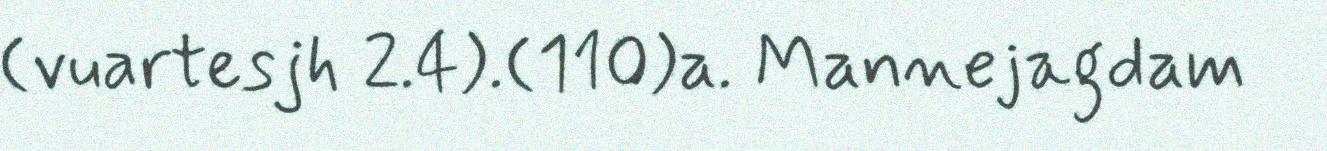
(vuartesjh 2.4).(110)a. Mannejagdam